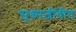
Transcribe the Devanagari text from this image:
सूक्ष्मजीवीय